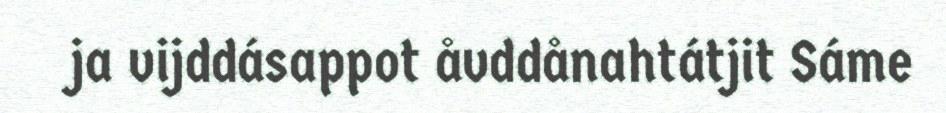
ja vijddásappot åvddånahtátjit Sáme